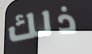
ذلك